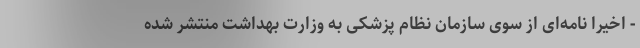
- اخیرا نامه‌ای از سوی سازمان نظام پزشکی به وزارت بهداشت منتشر شده